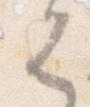
は